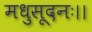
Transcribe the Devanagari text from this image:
मधुसूदनः।।